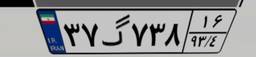
۳۷گ۷۳۸۱۶